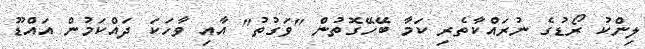
ލިންކު ރޯޑުގެ ނުރައްކާތެރި ކަމާ ބޭހޭގޮތުން "ވަގުތު" އާއި ވާހަކަ ދައްކަމުން އައްޑޫ